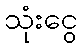
သုံးငွေ